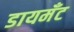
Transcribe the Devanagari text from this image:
डायमॅंट